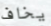
يخاف